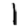
Digit: 1